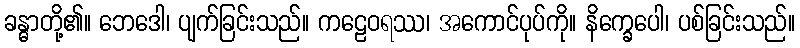
ခန္ဓာတို့၏။ ဘေဒေါ၊ ပျက်ခြင်းသည်။ ကဠေဝရဿ၊ အကောင်ပုပ်ကို။ နိက္ခေပေါ၊ ပစ်ခြင်းသည်။